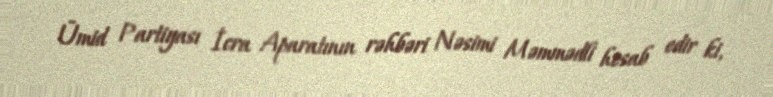
Ümid Partiyası İcra Aparatının rəhbəri Nəsimi Məmmədli hesab edir ki,